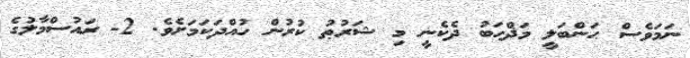
ނަމަވެސް ޙަންބަލީ މަޛްހަބު ދެކެނީ މި ޝަރުޠު ކުރުން ހުއްދަކަމަށެވެ. 2- ރައުސްމާލުގެ